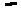
Text: -